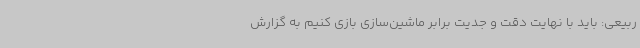
ربیعی: باید با نهایت دقت و جدیت برابر ماشین‌سازی بازی کنیم به گزارش